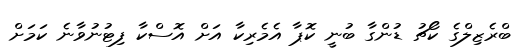
ބްރެޒިލްގެ ކޯޗު ޑުންގާ ބުނީ ކޮޕާ އެމެރިކާ އަށް އޮސްކާ ފިޓުނުވާނެ ކަމަށް